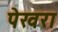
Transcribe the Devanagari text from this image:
पेखरा